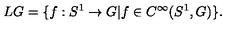
L G = \{ f : S ^ { 1 } \rightarrow G | f \in C ^ { \infty } ( S ^ { 1 } , G ) \} .